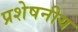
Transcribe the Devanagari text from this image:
प्रशेषनीय